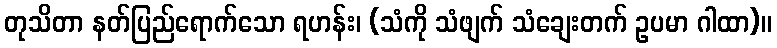
တုသိတာ နတ်ပြည်ရောက်သော ရဟန်း၊ (သံကို သံဖျက် သံချေးတက် ဥပမာ ဂါထာ)။